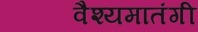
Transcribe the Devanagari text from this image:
वैश्यमातंगी